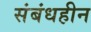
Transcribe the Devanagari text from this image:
संबंधहीन